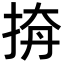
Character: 𢭛